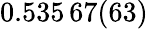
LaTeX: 0.535\, 67(63)